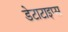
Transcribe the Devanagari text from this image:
डेटाटाइप्स